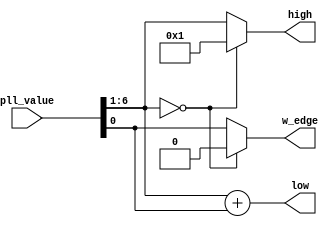
`timescale 1ns / 1ps
//////////////////////////////////////////////////////////////////////////////////
// Company: 
// Engineer: 
// 
// Design Name: 
// Module Name: pll_timer_values
// Project Name: 
// Target Devices: 
// Tool Versions: 
// Description: Generates the high, low and edge values for PLL configuration with a fixes duty cycle of 50%
// 
// Dependencies: 
// 
// Revision:
// Revision 0.01 - File Created
// Additional Comments:
// 
//////////////////////////////////////////////////////////////////////////////////


module pll_timer_values(
       input [7:0] pll_value,
       output [5:0] high,
       output [5:0] low,
       output w_edge
    );
    
    wire [5:0]  temp;
    wire        temp_edge;
    
    assign temp_edge = pll_value[0];
    assign temp = pll_value[6:1];
    
    assign low = pll_value[6:1] + pll_value[0];
    assign high = (temp == 6'b0) ? 6'h01 : temp;
    assign w_edge = (temp == 6'b0) ? 1'b0 : temp_edge;
    
endmodule